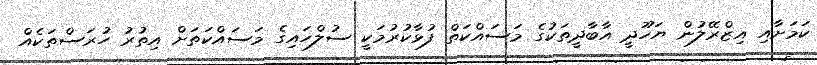
ކަމަށާއި އިޒްރޭލުން ޔަހޫދީ އާބާދީތަކުގެ މަސައްކަތް ފުޅާކުރުމަކީ ސުލްހައިގެ މަސައްކަތަށް އިތުރު ހުރަސްތަކެއް